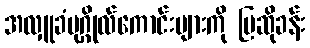
အလှူခံပုဂ္ဂိုလ်ကောင်းများကို ပြဆိုခန်း